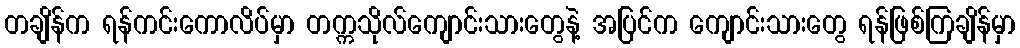
တချိန်က ရန်ကင်းကောလိပ်မှာ တက္ကသိုလ်ကျောင်းသားတွေနဲ့ အပြင်က ကျောင်းသားတွေ ရန်ဖြစ်ကြချိန်မှာ